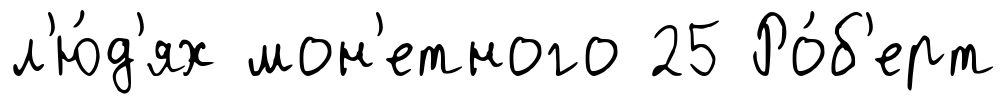
л'ю́д'ях мон'етного 25 Ро́б'ерт